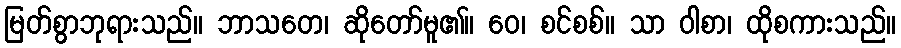
မြတ်စွာဘုရားသည်။ ဘာသတေ၊ ဆိုတော်မူ၏။ ဝေ၊ စင်စစ်။ သာ ဝါစာ၊ ထိုစကားသည်။